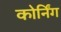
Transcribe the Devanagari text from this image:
कोर्निंग